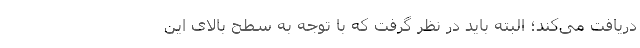
دریافت می‌کند؛ البته باید در نظر گرفت که با توجه به سطح بالای این